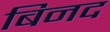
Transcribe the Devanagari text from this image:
बिनद